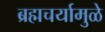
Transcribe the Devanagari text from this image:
ब्रह्मचर्यामुळे